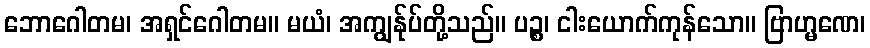
ဘောဂေါတမ၊ အရှင်ဂေါတမ။ မယံ၊ အကျွန်ုပ်တို့သည်။ ပဉ္စ၊ ငါးယောက်ကုန်သော။ ဗြာဟ္မဏေ၊